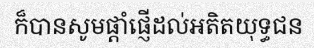
ក៏បានសូមផ្តាំផ្ញើដល់អតិតយុទ្ធជន